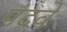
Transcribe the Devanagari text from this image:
पंद्रवें